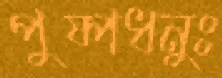
পুষ্পধনুঃ